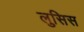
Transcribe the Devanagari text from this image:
लुसिस